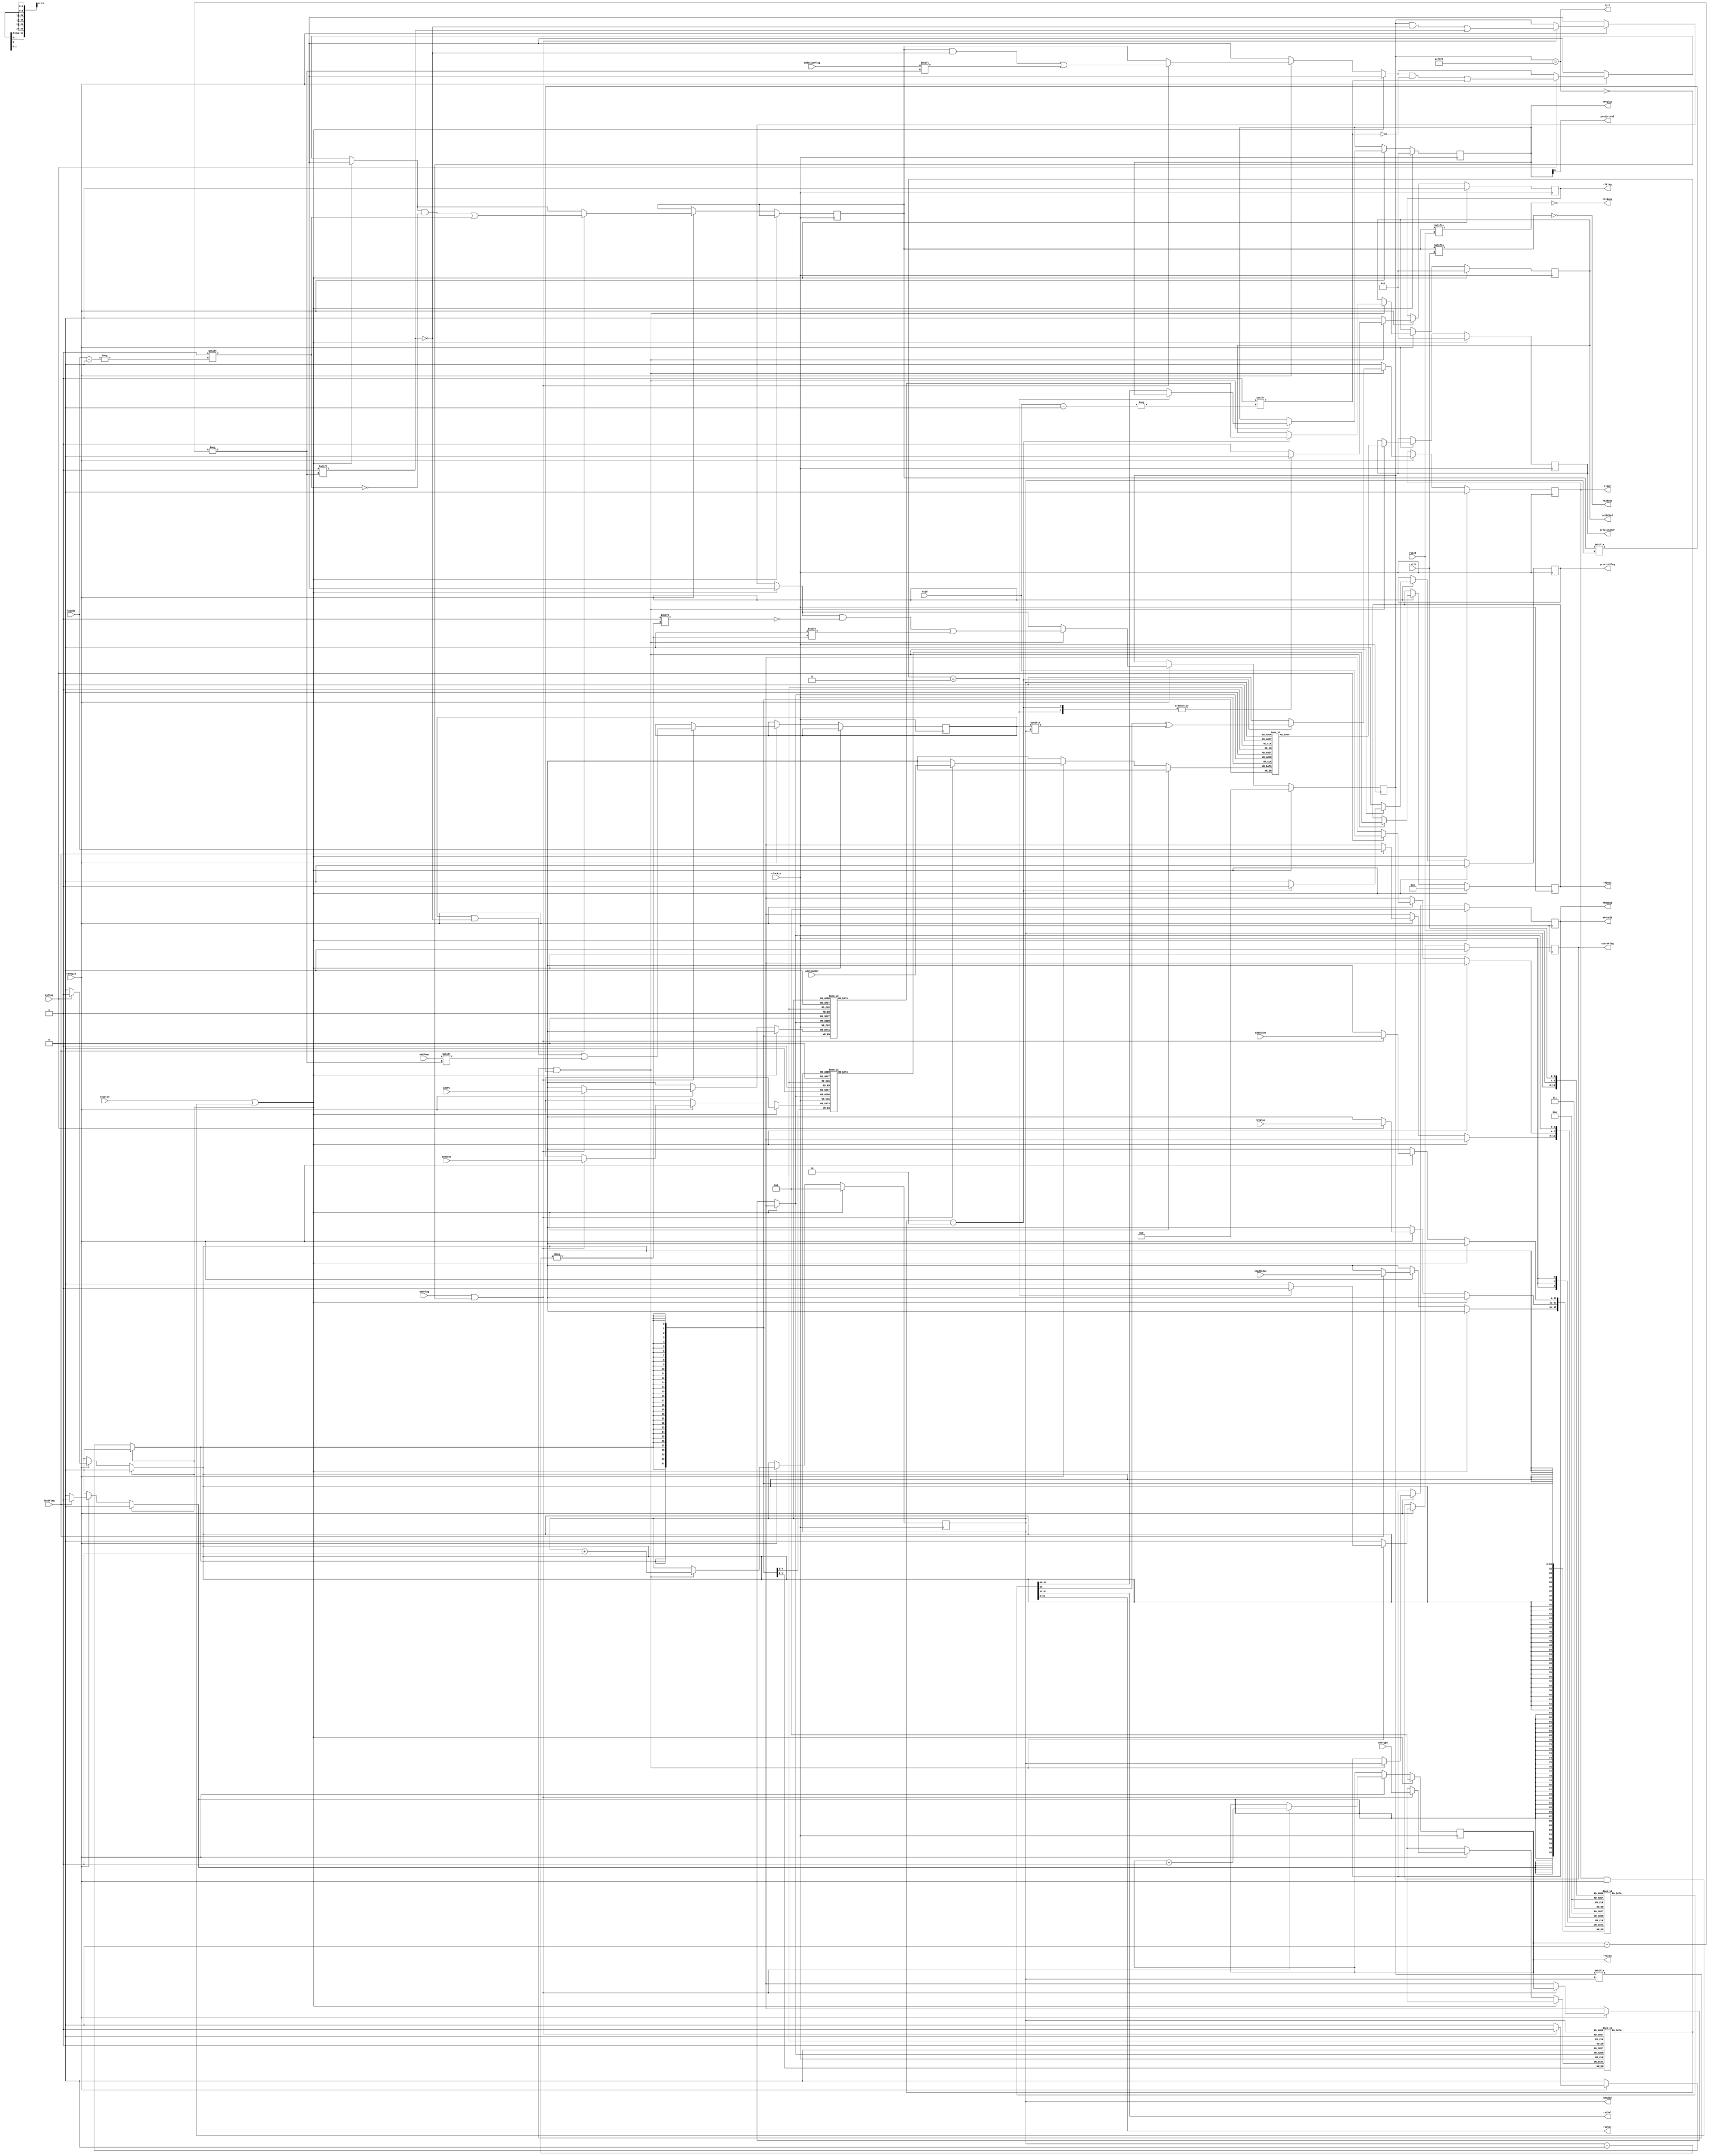
// Reorder Buffer
module ReorderBuffer#(
    parameter ROB_WIDTH = 4
)(
    input wire  clockIn,
    input wire  resetIn,
    input wire  readyIn,

    // for wrong branch prediction
    output wire clear,

    // instruction unit
    input wire  addFlag,
    input wire  [1:0] addType,
    input wire  [4:0] addDest,
    input wire  addJump, // predicted jump signal
    input wire  [31:0] addPC, // pc to set for wrong prediction
    input wire  [31:0] addInsAddr, // the instruction address
    input wire  addValueFlag, // for lui, auipc
    input wire  [31:0] addValue, 
    output wire [ROB_WIDTH-1:0] freeId,
    output wire full,
    output wire [31:0] setPCVal,

    // rs1 & rs2 (instruction unit)
    input wire  [ROB_WIDTH-1:0] rs1Id,
    input wire  [ROB_WIDTH-1:0] rs2Id,
    output wire rs1Busy,
    output wire [31:0] rs1Val,
    output wire rs2Busy,
    output wire [31:0] rs2Val,

    // predictor
    output wire predictFlag,
    output wire [31:0] predictAddr, // the instruction address
    output wire predictVal, // update value

    // register file
    output wire rfFlag,
    output wire [ROB_WIDTH-1:0] rfRobId,
    output wire [4:0] rfDest,
    output wire [31:0] rfValue,

    // reservation station
    input wire  rsFlag,
    input wire  [ROB_WIDTH-1:0] rsId,
    input wire  [31:0] rsValue,

    // LSB
    input wire  loadFlag,
    input wire  [ROB_WIDTH-1:0] loadId,
    input wire  [31:0] loadValue,
    output wire storeFlag,
    output wire [ROB_WIDTH-1:0] storeId,
    output wire [ROB_WIDTH-1:0] headId
);

parameter ROB_SIZE = 2**ROB_WIDTH;
reg [ROB_SIZE-1:0] busy;
reg [ROB_SIZE-1:0] jump;
reg [ROB_SIZE-1:0] ready;
parameter BRANCH = 2'b10;
parameter STORE = 2'b11;
parameter OTHER = 2'b00;
reg [1:0] insType [ROB_SIZE-1:0];
reg [4:0] dest [ROB_SIZE-1:0];
reg [31:0] value [ROB_SIZE-1:0];
reg [31:0] PC [ROB_SIZE-1:0];
reg [31:0] insAddr [ROB_SIZE-1:0];
reg [ROB_WIDTH-1:0] head;
reg [ROB_WIDTH-1:0] tail;

reg predictReg;
reg rfReg;
reg storeReg;
reg [ROB_WIDTH-1:0] commitId;
reg [31:0] commitAddr;
reg [4:0] commitDest;
reg [31:0] commitVal;
reg clearReg;
reg [31:0] setPCReg;

assign clear = clearReg;
assign freeId = tail;
assign full = busy == {ROB_SIZE{1'b1}};
assign rs1Busy = ~ready[rs1Id];
assign rs1Val = value[rs1Id];
assign rs2Busy = ~ready[rs2Id];
assign rs2Val = value[rs2Id];

assign setPCVal = setPCReg;
assign predictFlag = predictReg;
assign predictAddr = commitAddr;
assign predictVal = commitVal[0];
assign rfFlag = rfReg;
assign rfRobId = commitId;
assign rfDest = commitDest;
assign rfValue = commitVal;
assign storeFlag = storeReg;
assign storeId = commitId;
assign headId = head;

wire hasFree = ~full;
wire wrongPredict = value[head][0] ^ jump[head];

always @(posedge clockIn) begin
    if (resetIn | (clear & readyIn)) begin
        busy <= 0;
        head <= 0;
        tail <= 0;
        predictReg <= 0;
        rfReg <= 0;
        storeReg <= 0;
        commitId <= 0;
        commitAddr <= 0;
        commitDest <= 0;
        commitVal <= 0;
        clearReg <= 0;
        setPCReg <= 0;
    end else if (readyIn) begin
        // add entry
        if (addFlag & hasFree) begin
            busy[tail] <= 1;
            insType[tail] <= addType;
            dest[tail] <= addDest;
            jump[tail] <= addJump;
            PC[tail] <= addPC;
            insAddr[tail] <= addInsAddr;
            ready[tail] <= addValueFlag;
            value[tail] <= addValue;
            tail <= tail + 1'b1;
        end
        // update from RS
        if (rsFlag) begin
            value[rsId] <= rsValue;
            ready[rsId] <= 1;
        end
        // update from LSB
        if (loadFlag) begin
            value[loadId] <= loadValue;
            ready[loadId] <= 1;
        end
        // commit
        if (busy[head] & ready[head]) begin
            head <= head + 1'b1;
            busy[head] <= 0;
            commitAddr <= insAddr[head];
            commitDest <= dest[head];
            commitId <= head;
            case (insType[head])
            BRANCH: begin
                clearReg <= wrongPredict;
                setPCReg <= PC[head];
                predictReg <= 1;
                commitVal <= value[head];
                rfReg <= 0;
                storeReg <= 0;
            end 
            STORE: begin
                clearReg <= 0;
                predictReg <= 0;
                rfReg <= 0;
                storeReg <= 1;
            end
            default: begin // others
                clearReg <= 0;
                predictReg <= 0;
                rfReg <= 1;
                commitVal <= value[head];
                storeReg <= 0;
            end   
            endcase
        end else begin
            clearReg <= 0;
            predictReg <= 0;
            rfReg <= 0;
            storeReg <= 0;
        end
    end
end

endmodule